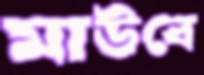
মাউবে